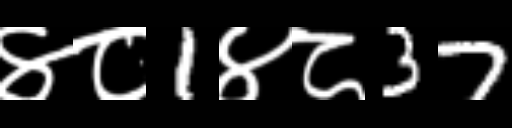
Text: ४८1४८37